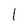
Character: 1